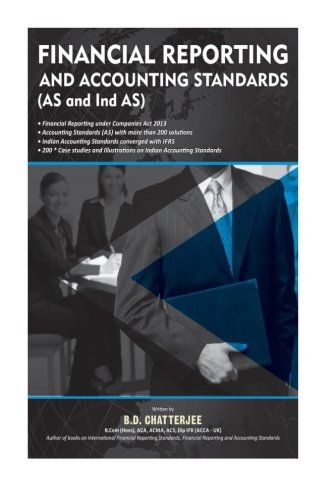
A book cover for Financial Reporting and Accounting Standards; B D Chatterjee; Business & Money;